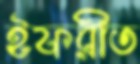
ইফরীত